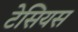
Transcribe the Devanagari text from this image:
टेसियस